Piroplasma canis and its life cycle in the tick - Number 29
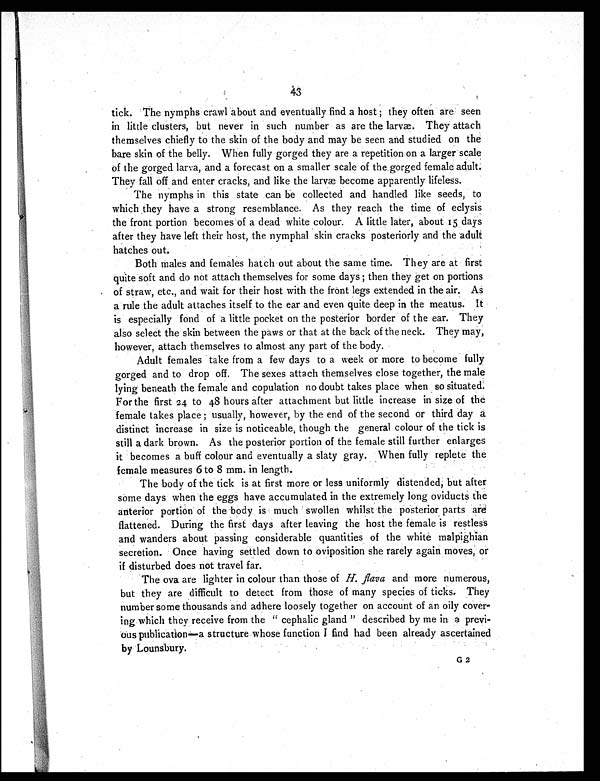
43
tick. The nymphs crawl about and eventually find a host; they often are seen
in little clusters, but never in such number as are the larvæ. They attach
themselves chiefly to the skin of the body and may be seen and studied on the
bare skin of the belly. When fully gorged they are a repetition on a larger scale
of the gorged larva, and a forecast on a smaller scale of the gorged female adult.
They fall off and enter cracks, and like the larvæ become apparently lifeless.
The nymphs in this state can be collected and handled like seeds, to
which they have a strong resemblance. As they reach the time of eclysis
the front portion becomes of a dead white colour. A little later, about 15 days
after they have left their host, the nymphal skin cracks posteriorly and the adult
hatches out.
Both males and females hatch out about the same time. They are at first
quite soft and do not attach themselves for some days; then they get on portions
of straw, etc., and wait for their host with the front legs extended in the air. As
a rule the adult attaches itself to the ear and even quite deep in the meatus. It
is especially fond of a little pocket on the posterior border of the ear. They
also select the skin between the paws or that at the back of the neck. They may,
however, attach themselves to almost any part of the body.
Adult females take from a few days to a week or more to become fully
gorged and to drop off. The sexes attach themselves close together, the male
lying beneath the female and copulation no doubt takes place when so situated.
For the first 24 to 48 hours after attachment but little increase in size of the
female takes place; usually, however, by the end of the second or third day a
distinct increase in size is noticeable though the general colour of the tick is
still a dark brown. As the posterior portion of the female still further enlarges
it becomes a buff colour and eventually a slaty gray. When fully replete the
female measures 6 to 8 mm. in length.
The body of the tick is at first more or less uniformly distended, but after
some days when the eggs have accumulated in the extremely long oviducts the
anterior portion of the body is much swollen whilst the posterior parts are
flattened. During the first days after leaving the host the female is restless
and wanders about passing considerable quantities of the white malpighian
secretion. Once having settled down to oviposition she rarely again moves, or
if disturbed does not travel far.
The ova are lighter in colour than those of H. flava and more numerous,
but they are difficult to detect from those of many species of ticks. They
number some thousands and adhere loosely together on account of an oily cover-
ing which they receive from the "cephalic gland" described by me in a previ-
ous publ i c a t i on—a s t r uc t ur e whos e f unc t i on I f i nd ha d be e n a l r e a dy a s c e r t a i ne d
by Lounsbury.
G 2